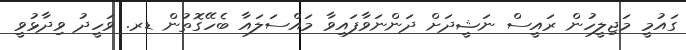
ގައުމީ މަޖިލީހުން ރައީސް ނަޝީދަށް ދަންނަވާފައިވާ މައްސަލައާ ބެހޭގޮތުން ޑރ. ވަހީދު ވިދާޅުވީ